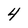
Character: 4